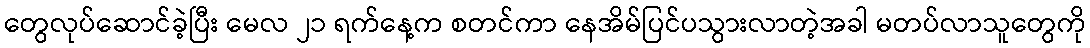
တွေလုပ်ဆောင်ခဲ့ပြီး မေလ ၂၁ ရက်နေ့က စတင်ကာ နေအိမ်ပြင်ပသွားလာတဲ့အခါ မတပ်လာသူတွေကို